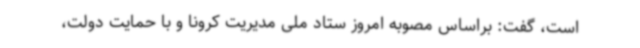
است، گفت: براساس مصوبه امروز ستاد ملی مدیریت کرونا و با حمایت دولت،